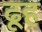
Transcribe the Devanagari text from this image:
ढूह